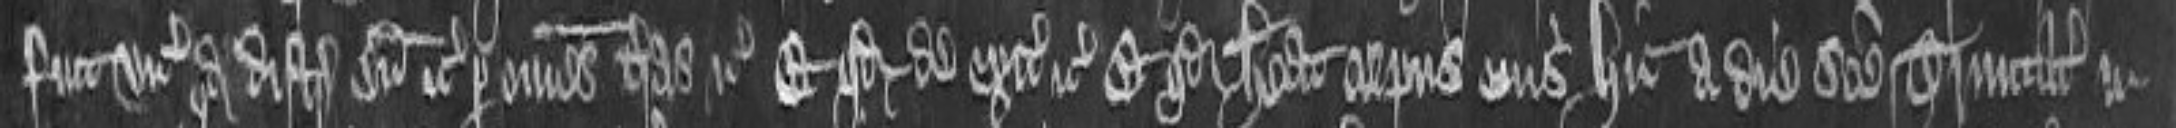
fuit vicecomiti quod distringat eum etc per omnes teras etc. et quod de exitibus etc et quod habeat corpus eius hic a die sancte Trinitatis in